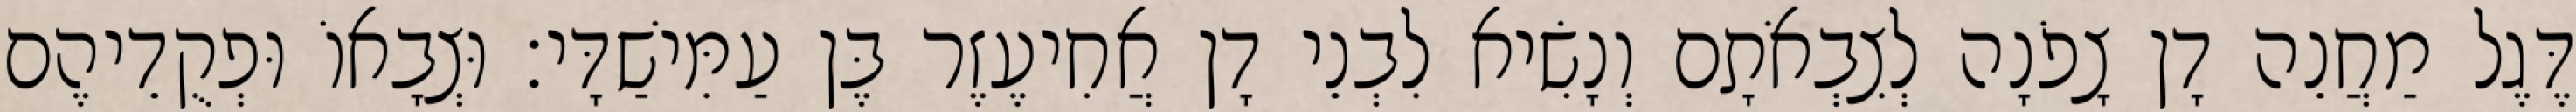
דֶּגֶל מַחֲנֵה דָן צָפֹנָה לְצִבְאֹתָם וְנָשִׂיא לִבְנֵי דָן אֲחִיעֶזֶר בֶּן עַמִּישַׁדָּי׃ וּצְבָאוֹ וּפְקֻדֵיהֶם